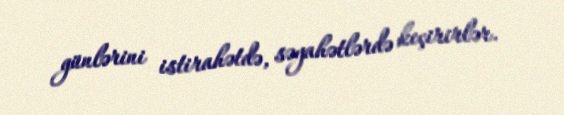
günlərini istirahətdə, səyahətlərdə keçirirlər.